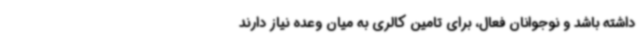
داشته باشد و نوجوانان فعال، برای تامین کالری به میان وعده نیاز دارند